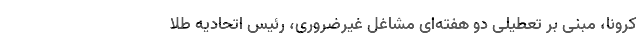
کرونا، مبنی بر تعطیلی دو هفته‌ای مشاغل غیرضروری، رئیس اتحادیه طلا